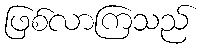
ဖြစ်လာကြသည်